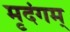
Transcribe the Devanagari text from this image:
मृदंगम्